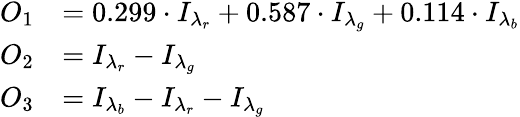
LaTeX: \begin{array}{rl}{O_{1}}&{=0.299\cdot I_{\lambda_{r}}+0.587\cdot I_{\lambda_{g}}+0.114\cdot I_{\lambda_{b}}}\\ {O_{2}}&{=I_{\lambda_{r}}-I_{\lambda_{g}}}\\ {O_{3}}&{=I_{\lambda_{b}}-I_{\lambda_{r}}-I_{\lambda_{g}}}\end{array}